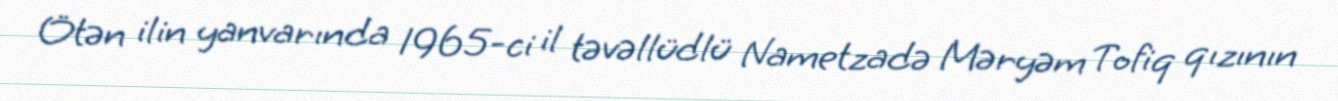
Ötən ilin yanvarında 1965-ci il təvəllüdlü Nametzadə Məryəm Tofiq qızının